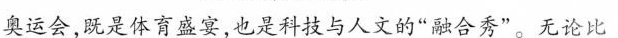
奥运会,既是体育盛宴,也是科技与人文的“融合秀”无论比